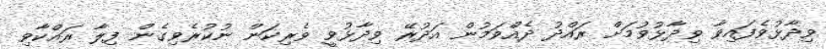
ވިދާޅުވެފައިވާ ވިދާޅުވުމަށް ރައްދު ދެއްވަމުން އަދުރޭ ވިދާޅުވީ ވެރިކަން ނުކުރެވިގެން ފިލާ ރައްކާވި